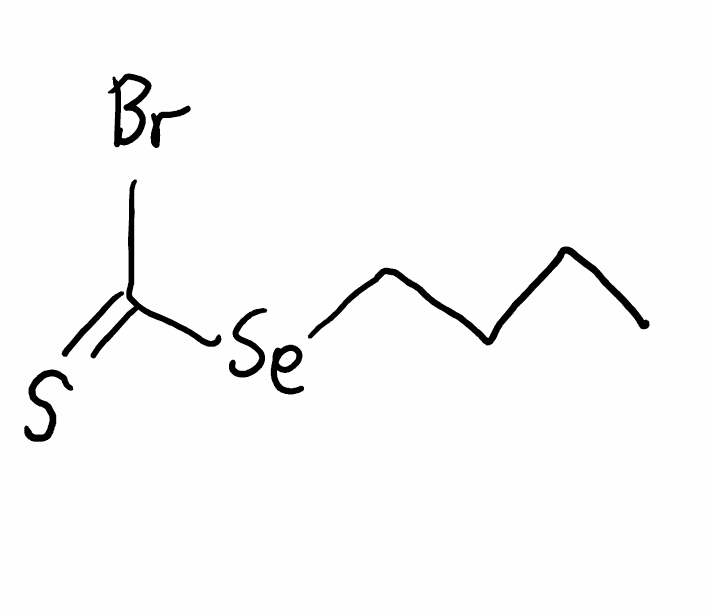
Simplified molecular-input line-entry system (SMILES) notation of the given molecule:
CCCC[Se]C(=S)Br